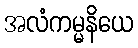
အလံကမ္မနိယေ